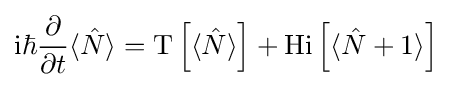
\mathrm {i} \hbar {\frac {\partial }{\partial t}}\langle {\hat {N}}\rangle =\mathrm {T} \left[\langle {\hat {N}}\rangle \right]+\mathrm {Hi} \left[\langle {\hat {N}}+1\rangle \right]